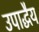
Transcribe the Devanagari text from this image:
उपाद्धैय